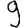
Digit: 9